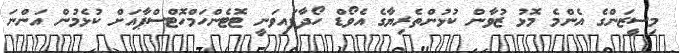
މިސީޒަންގެ އެންމެ މޮޅު ޒުވާން ކުޅުންތެރިޔާގެ އެވޯޑް ހޯދާފައިވަނީ ޓޮޓެންހަމްހޮޓްސްޕާއަށް ކުޅެމުން އަންނަ